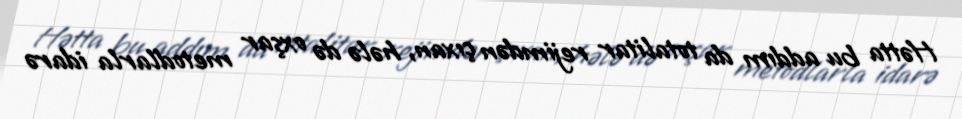
Hətta bu addım da totalitar rejimdən çıxan, hələ də oxşar metodlarla idarə